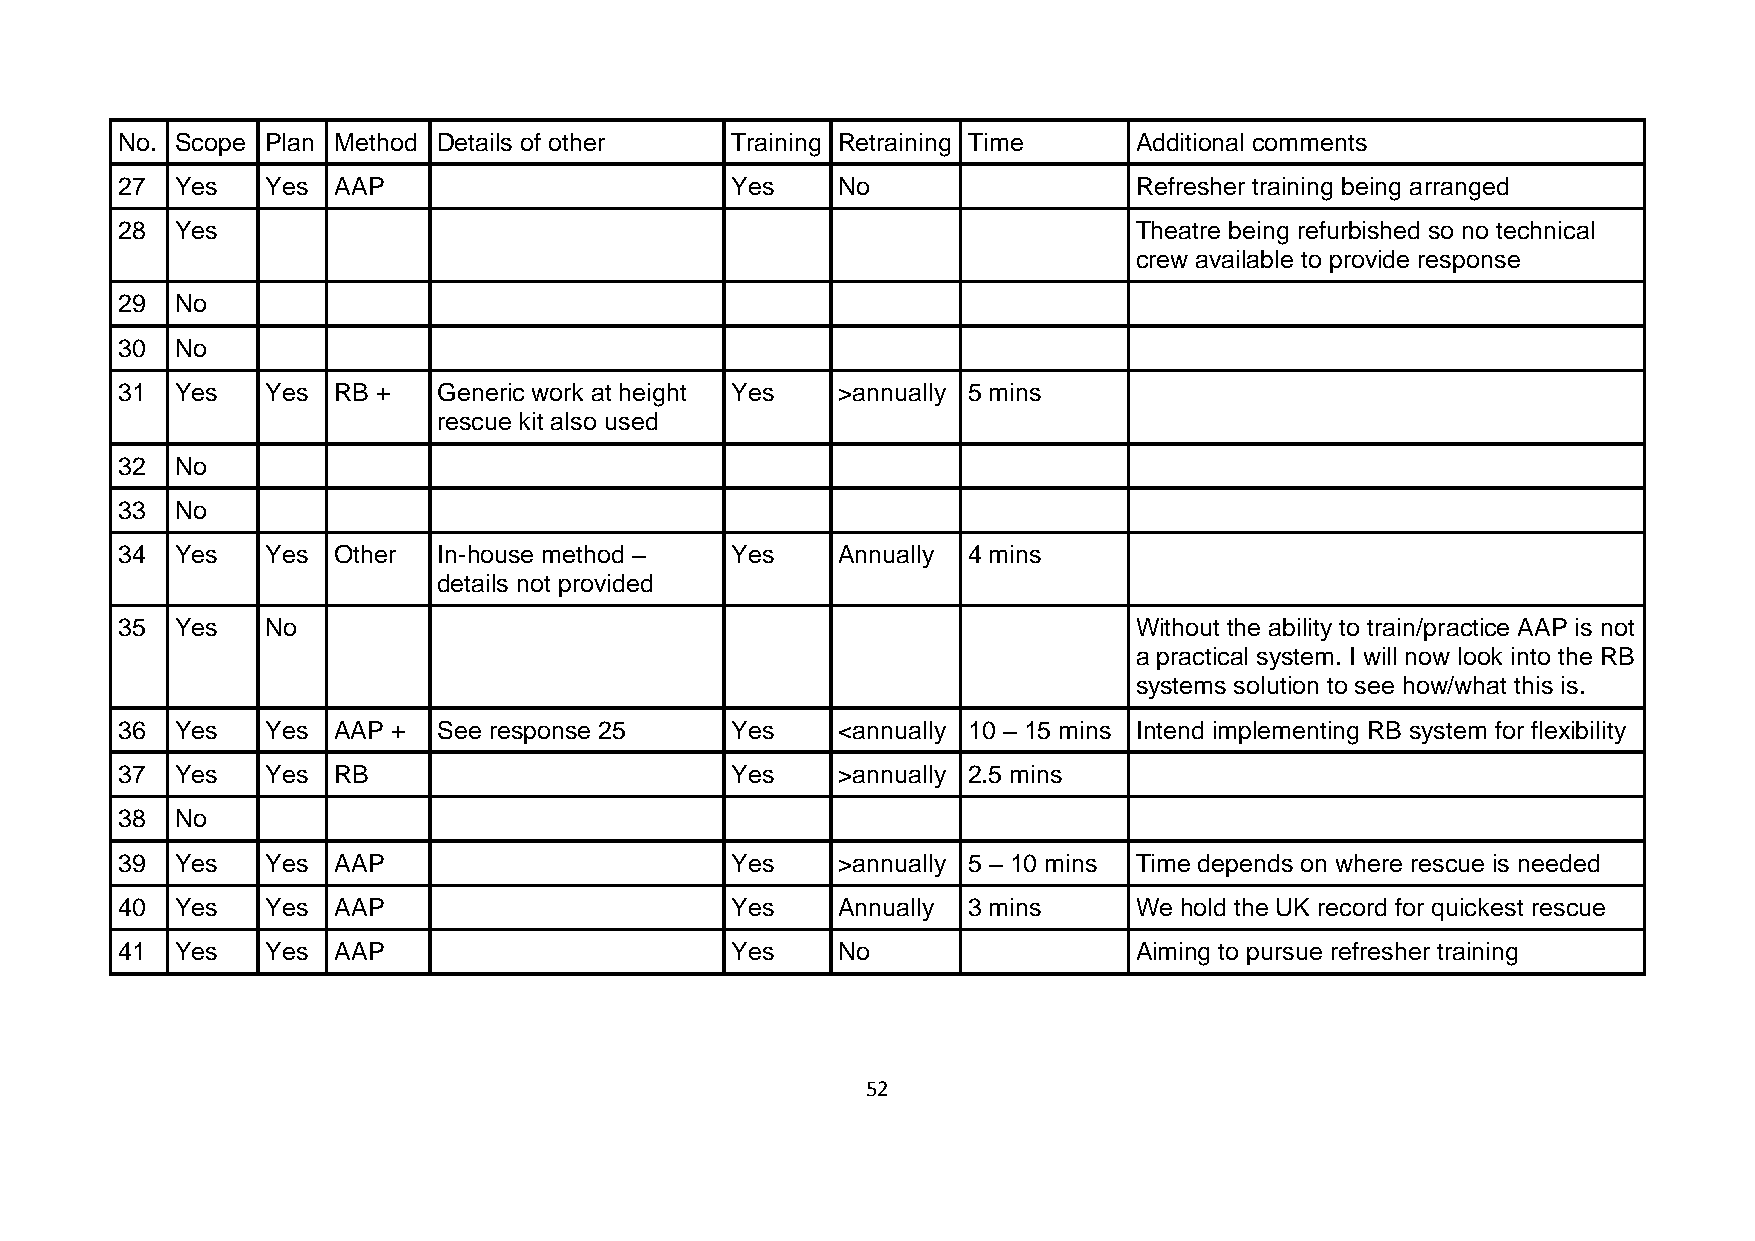
No. Scope Plan Method Details of other  Training Retraining Time   Additional comments
 27  Yes   Yes AAP                       Yes    No                  Refresher training being arranged
 28  Yes                                                            Theatre being refurbished so no technical
 crew available to provide response
 29  No
 30  No
 31  Yes   Yes RB +   Generic work at height Yes >annually 5 mins
 rescue kit also used
 32  No
 33  No
 34  Yes   Yes Other  In-house method –  Yes    Annually 4 mins
 details not provided
 35  Yes   No                                                       Without the ability to train/practice AAP is not
 a practical system. I will now look into the RB
 systems solution to see how/what this is.
 36  Yes   Yes AAP +  See response 25    Yes    <annually 10 – 15 mins Intend implementing RB system for flexibility
 37  Yes   Yes RB                        Yes    >annually 2.5 mins
 38  No
 39  Yes   Yes AAP                       Yes    >annually 5 – 10 mins Time depends on where rescue is needed
 40  Yes   Yes AAP                       Yes    Annually 3 mins     We hold the UK record for quickest rescue
 41  Yes   Yes AAP                       Yes    No                  Aiming to pursue refresher training
 52